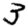
Digit: 3